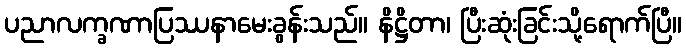
ပညာလက္ခဏာပြဿနာမေးခွန်းသည်။ နိဋ္ဌိတာ၊ ပြီးဆုံးခြင်းသို့ရောက်ပြီ။